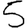
Digit: 5